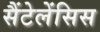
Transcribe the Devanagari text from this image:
सैंटेलेंसिस